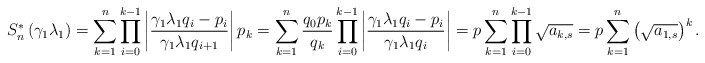
\begin{align*}S_n^{\ast}\left( \gamma_1 \lambda_1 \right)=\sum_{k=1}^n \prod_{i=0}^{k-1} \left| \frac{\gamma_1 \lambda_1 q_i-p_i}{\gamma_1 \lambda_1 q_{i+1}} \right|p_k=\sum_{k=1}^n \frac{q_0p_k}{q_k}\prod_{i=0}^{k-1} \left| \frac{\gamma_1 \lambda_1 q_i-p_i}{\gamma_1 \lambda_1 q_i} \right|=p \sum_{k=1}^n \prod_{i=0}^{k-1} \sqrt{a_{k,s}}=p \sum_{k=1}^n \left( \sqrt{a_{1,s}} \right) ^k.\end{align*}